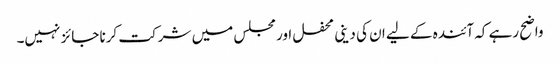
واضح رہے کہ آئندہ کے لیے ان کی دینی محفل اور مجلس میں شرکت کرنا جائز نہیں۔